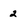
Character: 2